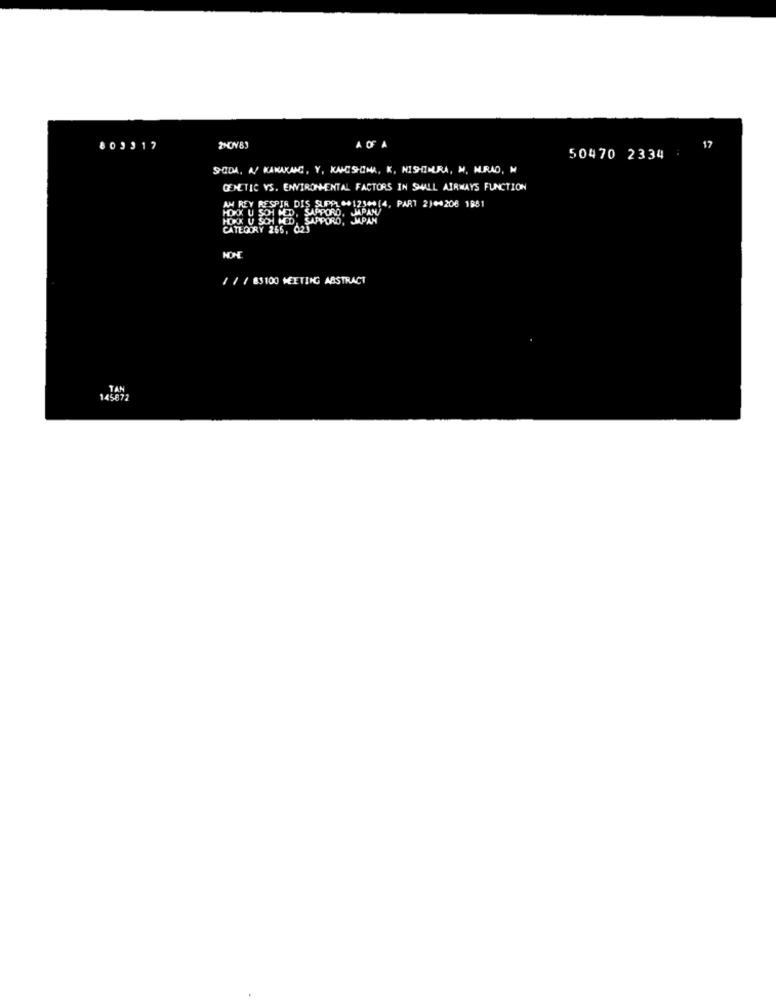
803317
2HOY83
A OF A
17
50470 2334
SODA, A/ KANIKACE, Y, KANCSOMA, K, NISHIMURA, M. MURAD, N
GENETIC VS. ENVIRONMENTAL FACTORS IN SMALL AIRWAYS FUNCTION
AM REY RESPIR DIS SUPPL .+123 ** (4, PART 2)6-208 1981
HOX U
O. SAPPORO, MAPAN
SAPPORO, JAPAN
CATEGORY 265, 023
/ / / 83100 MEETING ABSTRACT
TAN
145672